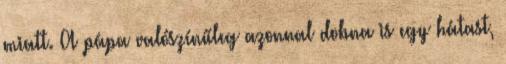
miatt. A pápa valószínűleg azonnal dobna is egy hátast,